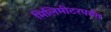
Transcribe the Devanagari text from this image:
मिलिमीटरपर्यंत